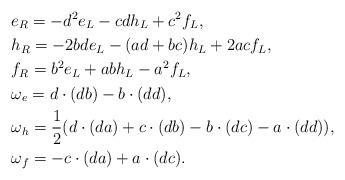
LaTeX: \begin{align*}&e_R = -d^2e_L-cdh_L+c^2f_L,\\&h_R = -2bde_L-(ad+bc)h_L+2acf_L,\\&f_R = b^2e_L +abh_L-a^2f_L,\\&\omega_e = d \cdot (db)-b \cdot (dd),\\&\omega_h = \frac{1}{2} (d \cdot (da)+c \cdot (db)-b \cdot (dc)-a \cdot (dd)),\\&\omega_f =-c \cdot (da) + a \cdot (dc).\end{align*}